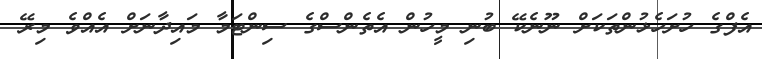
އެފްގެ ހުށަހެޅުންތަކަށް ނޫނެކޭ ބުނި މީހުން އެތެންސްގެ ސިންޓަމާ މައިދާނަށް އެއްވެ މިރޭ